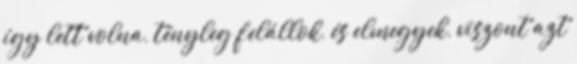
így lett volna, tényleg felállok, és elmegyek, viszont azt